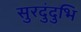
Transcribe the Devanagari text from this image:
सुरदुंदुभि